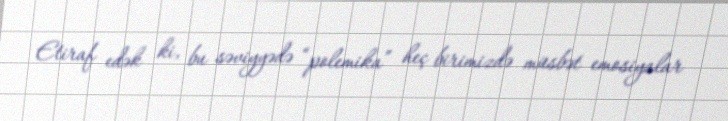
Etiraf edək ki, bu səviyyədə “polemika” heç birimizdə müsbət emosiyalar